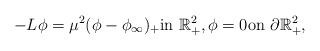
LaTeX: \begin{align*}-L\phi=\mu^{2}(\phi-\phi_{\infty} )_{+}\textrm{in}\ \mathbb{R}^{2}_{+},\phi=0\textrm{on}\ \partial\mathbb{R}^{2}_{+},\end{align*}